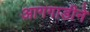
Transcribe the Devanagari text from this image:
आगगाडीने